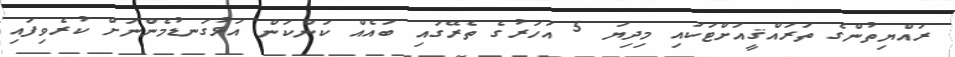
ރައްޔިތުންގެ ތަރައްޤީއަށްޓަކައި މިދިޔަ 5 އަހަރުގެ ތެރޭގައި ބައެއް ކަންކަން އަޅުގަނޑުމެންނަށް ކުރެވިފައި